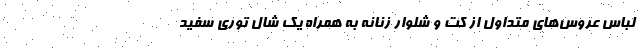
لباس عروس‌های متداول از کت و شلوار زنانه به همراه یک شال توری سفید